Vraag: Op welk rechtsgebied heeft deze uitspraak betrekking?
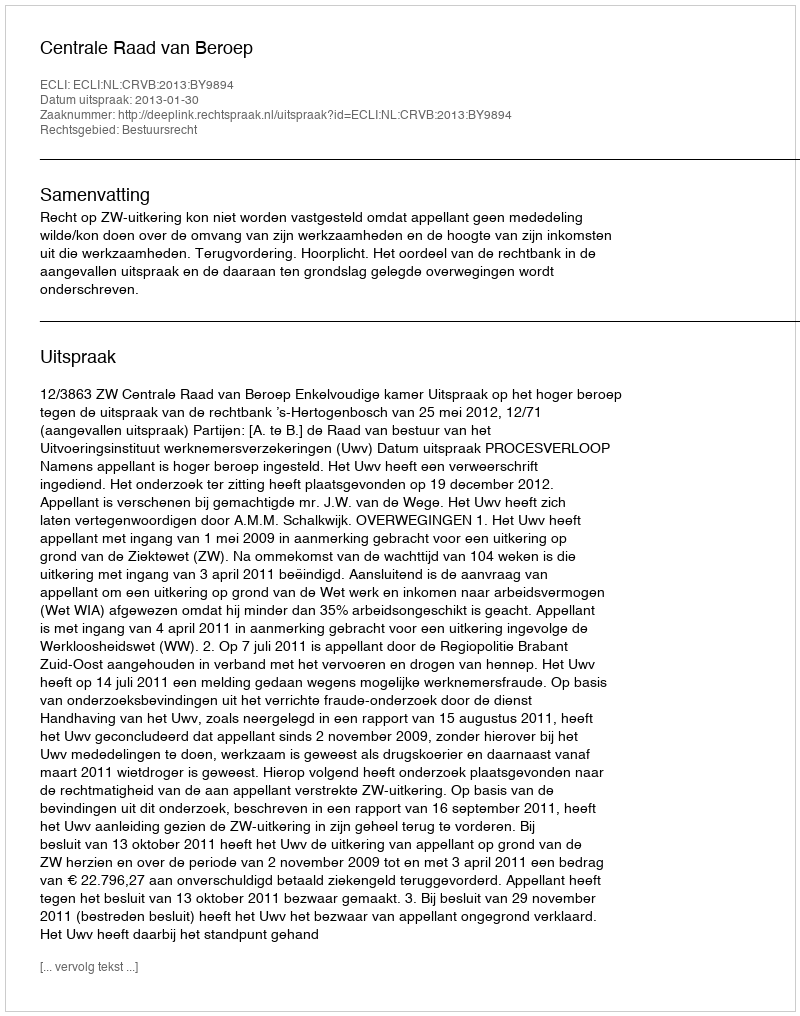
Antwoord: Bestuursrecht